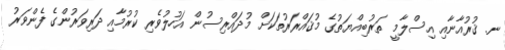
ނ. ޤުރުއާނާއި އިސްލާމީ ތަރުބިއްޔަތުގެ މުޤައްރަރުތަކަށް މުދައްރިސުން އަހުލުވެރި ކުރުމާއި ދަރިވަރުންގެ ފެންވަރު